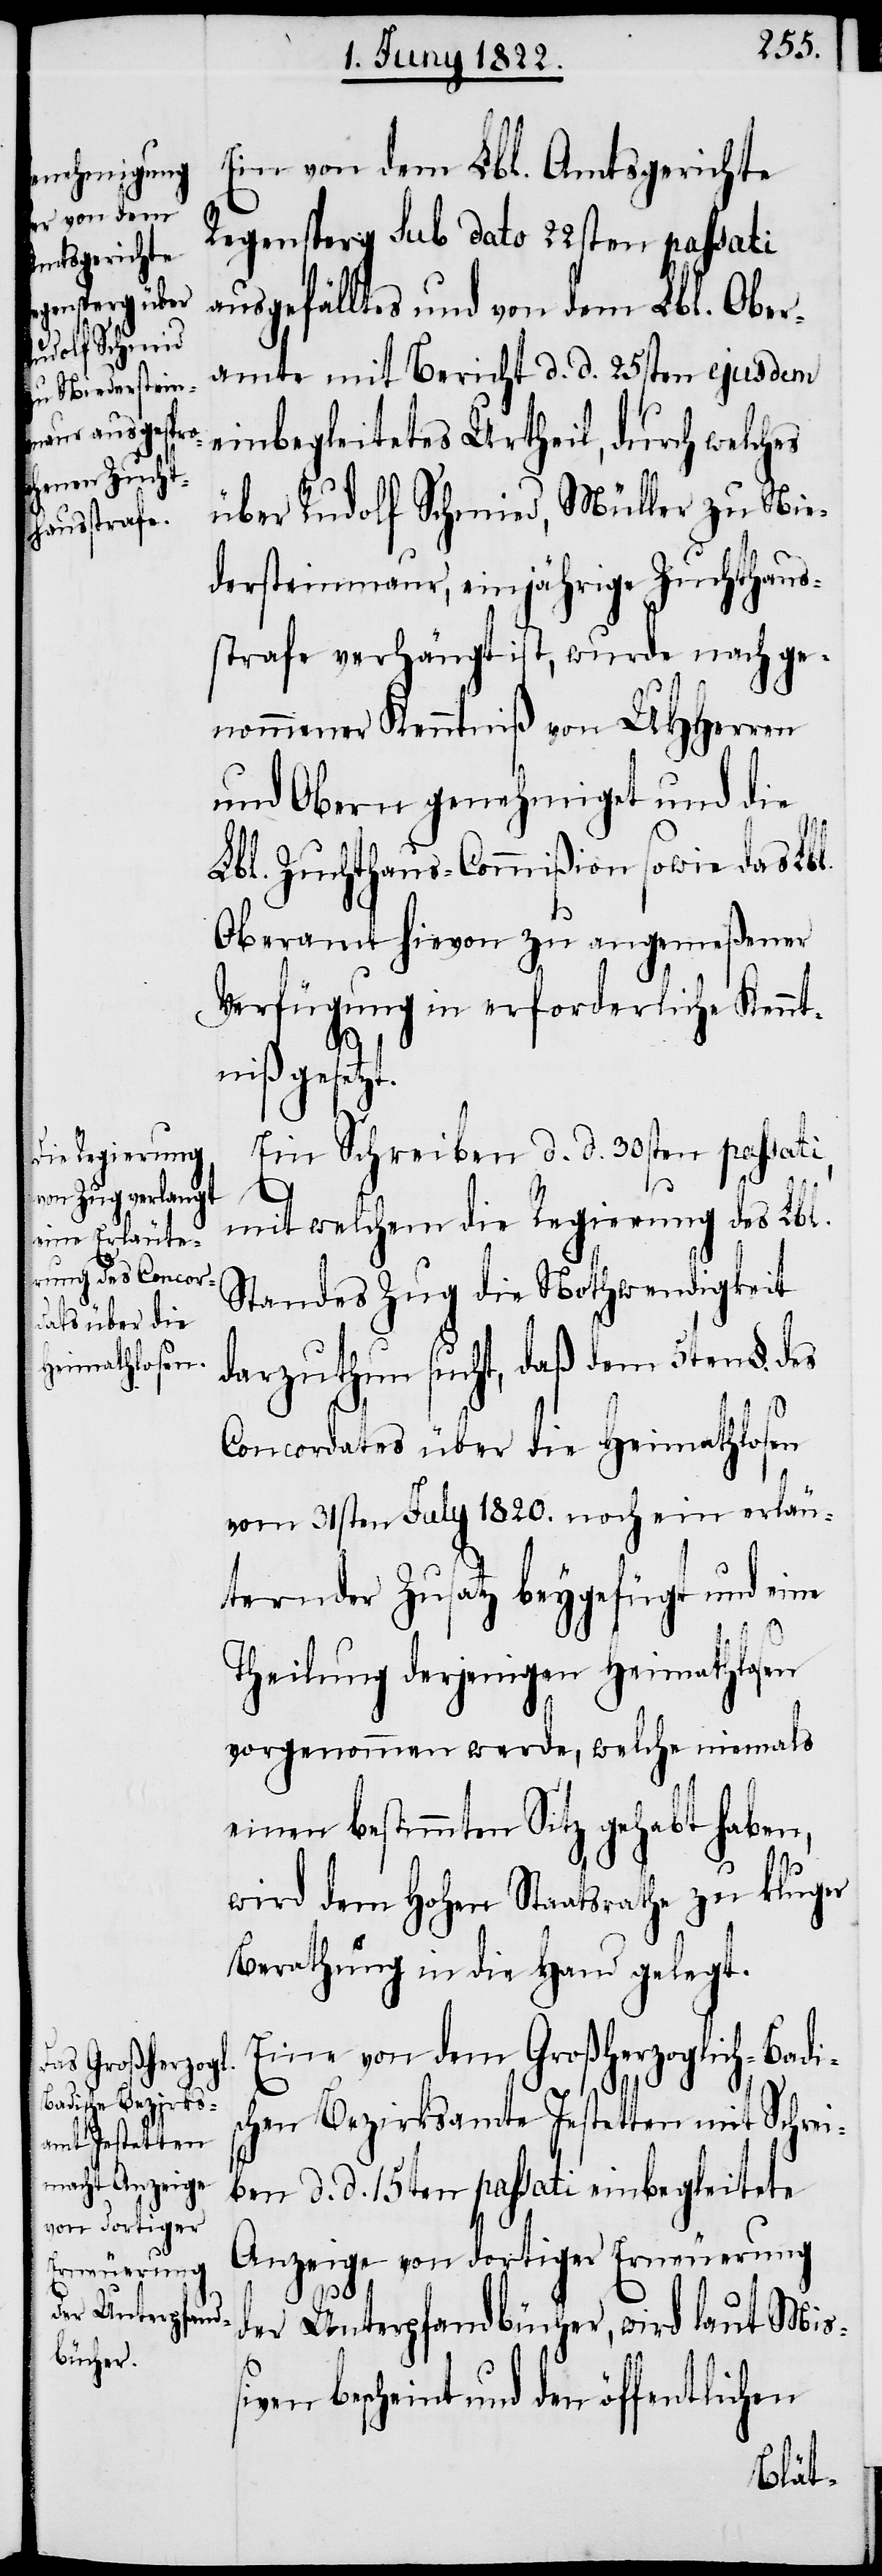
Ein von dem Lbl. Amtsgericht
Regensperg sub dato 22sten passati
ausgefälltes und von dem Lbl. Ober¬
amte mit Bericht d. d. 25sten ejusdem
einbegleitetes Urtheil, durch welches
über Rudolf Schmied, Müller zu Nie¬
dersteinmaur, einjährige Zuchthaus¬
strafe verhängt ist, wurde nach ge¬
nommener Kenntniß von UHHerren
und Obern genehmiget und die
Lbl. Zuchthaus-Commißion sowie das Lbl.
Oberamt hievon zu angemeßener
Verfügung in erforderliche Kennt¬
niß gesetzt.
Ein Schreiben d. d. 30sten passati,
mit welchem die Regierung des Lbl.
Standes Zug die Nothwendigkeit
darzuthun sucht, daß dem 5ten §. des
Concordates über die Heimathlosen
vom 31sten July 1820. noch ein erläu¬
ternder Zusatz beygefügt und eine
Theilung derjenigen Heimathlosen
vorgenommen werde, welche niemals
einen bestimmten Staatsrathe zu
Berathung in die Hand gelegt.
Eine von dem Großherzoglich-Badis¬
chen Bezirksamte Jestetten mit Schrei¬
ben d. d. 15ten passati einbegleitete
Anzeige von dortiger Erneuerung
der Unterpfandbücher, wird laut Miß¬
iven bescheint und den öffentlichen